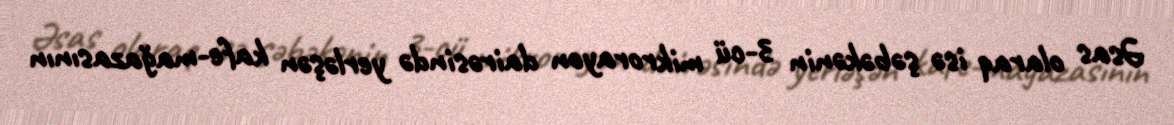
Əsas olaraq isə şəbəkənin 3-cü mikrorayon dairəsində yerləşən kafe-mağazasının